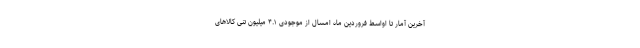
آخرین آمار تا اواسط فروردین ماه امسال از موجودی ۴.۱ میلیون تنی کالاهای